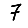
Digit: 7